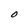
Character: O